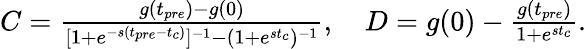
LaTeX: \begin{array}{r}{C=\frac{g(t_{pre})-g(0)}{[1+e^{-s(t_{pre}-t_{c})}]^{-1}-(1+e^{st_{c}})^{-1}},\ \ \ \ D=g(0)-\frac{g(t_{pre})}{1+e^{st_{c}}}.}\end{array}